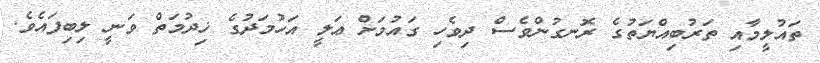
ތައުލީމާއި ތަރުބިއްޔަތުގެ ރޮނގުންވެސް ދިވެހި ގައުމަށް ޢަލީ އަހުމަދުގެ ޚިދުމަތް ވަނީ ލިބިފައެވެ.